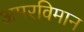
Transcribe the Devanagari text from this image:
अमरविमान